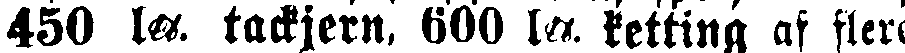
450 ls, tackjern. 600 ls. ketting af flere